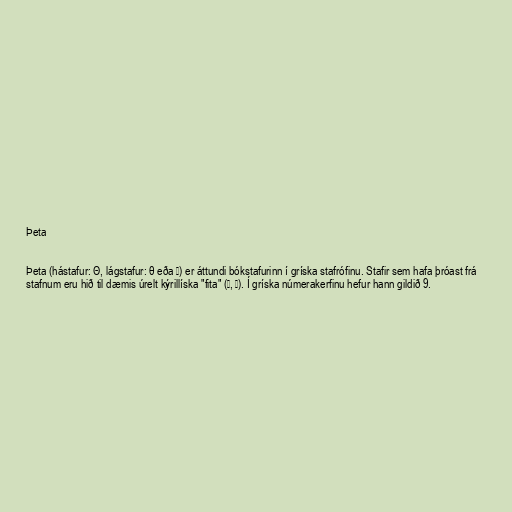
Þeta

Þeta (hástafur: Θ, lágstafur: θ eða ϑ) er áttundi bókstafurinn í gríska stafrófinu. Stafir sem hafa þróast frá
stafnum eru hið til dæmis úrelt kýrillíska "fita" (Ѳ, ѳ). Í gríska númerakerfinu hefur hann gildið 9.